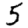
Digit: 5